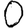
Digit: 0